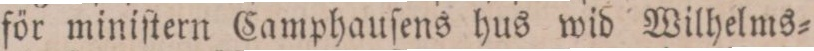
för miniſtern Camphauſens hus wid Wilhelms=